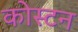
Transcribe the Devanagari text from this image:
कोस्टन